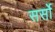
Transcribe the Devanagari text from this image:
सर्सो